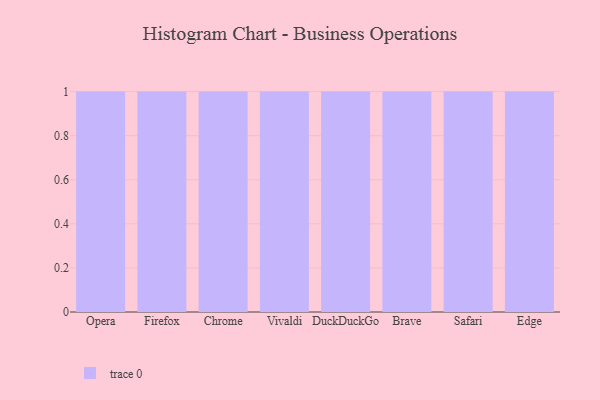
{"axis": {"x": "Browser", "y": "Demand Index"}, "legend": [""], "data": [{"x": "Opera", "y": 90, "type": ""}, {"x": "Firefox", "y": 40, "type": ""}, {"x": "Chrome", "y": 63, "type": ""}, {"x": "Vivaldi", "y": 17, "type": ""}, {"x": "DuckDuckGo", "y": 77, "type": ""}, {"x": "Brave", "y": 83, "type": ""}, {"x": "Safari", "y": 76, "type": ""}, {"x": "Edge", "y": 52, "type": ""}]}